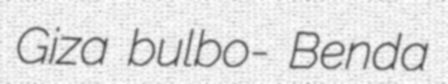
Giza bulbo- Benda